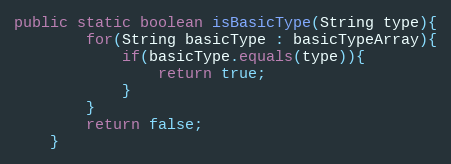
Language: Java
public static boolean isBasicType(String type){
		for(String basicType : basicTypeArray){
			if(basicType.equals(type)){
				return true;
			}
		}
		return false;
	}